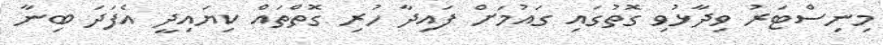
މިނިސްޓަރު ވިދާޅުވި ގޮތުގައި ގައުމަށް ފައިދާ ހުރި ގޮތްތައް ކިޔައިދީ އެފަދަ ބިނާ